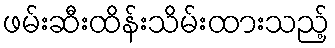
ဖမ်းဆီးထိန်းသိမ်းထားသည့်